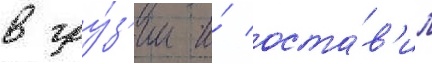
в гру́з'ии и́ оста́в'ил